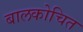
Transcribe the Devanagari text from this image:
बालकोचित